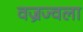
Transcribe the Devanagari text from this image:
वज्रज्वला